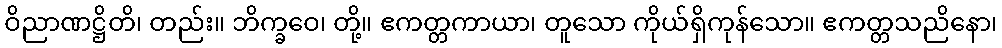
ဝိညာဏဋ္ဌိတိ၊ တည်း။ ဘိက္ခဝေ၊ တို့။ ဧကတ္တကာယာ၊ တူသော ကိုယ်ရှိကုန်သော။ ဧကတ္တသညိနော၊